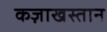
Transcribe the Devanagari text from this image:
कज़ाखस्तान